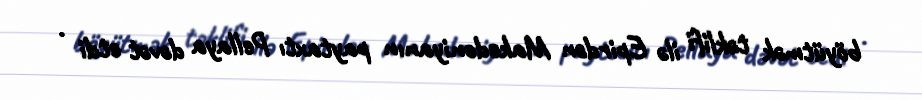
böyütmək təklifi ilə Epirdən Makedoniyanın paytaxtı Pellaya dəvət etdi .